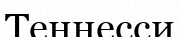
Теннесси